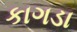
કાગડા